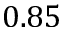
0 . 8 5